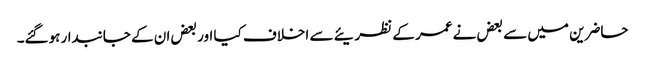
حاضرین میں سے بعض نے عمر کے نظریئے سے اخلاف کیا اور بعض ان کے جانبدار ہوگئے۔